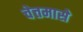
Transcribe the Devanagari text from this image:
चेत्तमासे